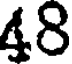
48